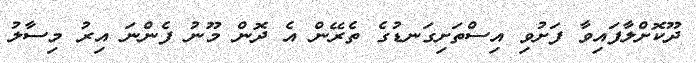
ދޫކޮށްލާފައިވާ ފަށުވި އިސްތަށިގަނޑުގެ ތެރޭން އެ ދޮން މޫނު ފެންނަ އިރު މިސާލު